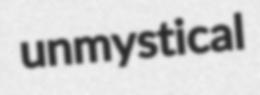
unmystical